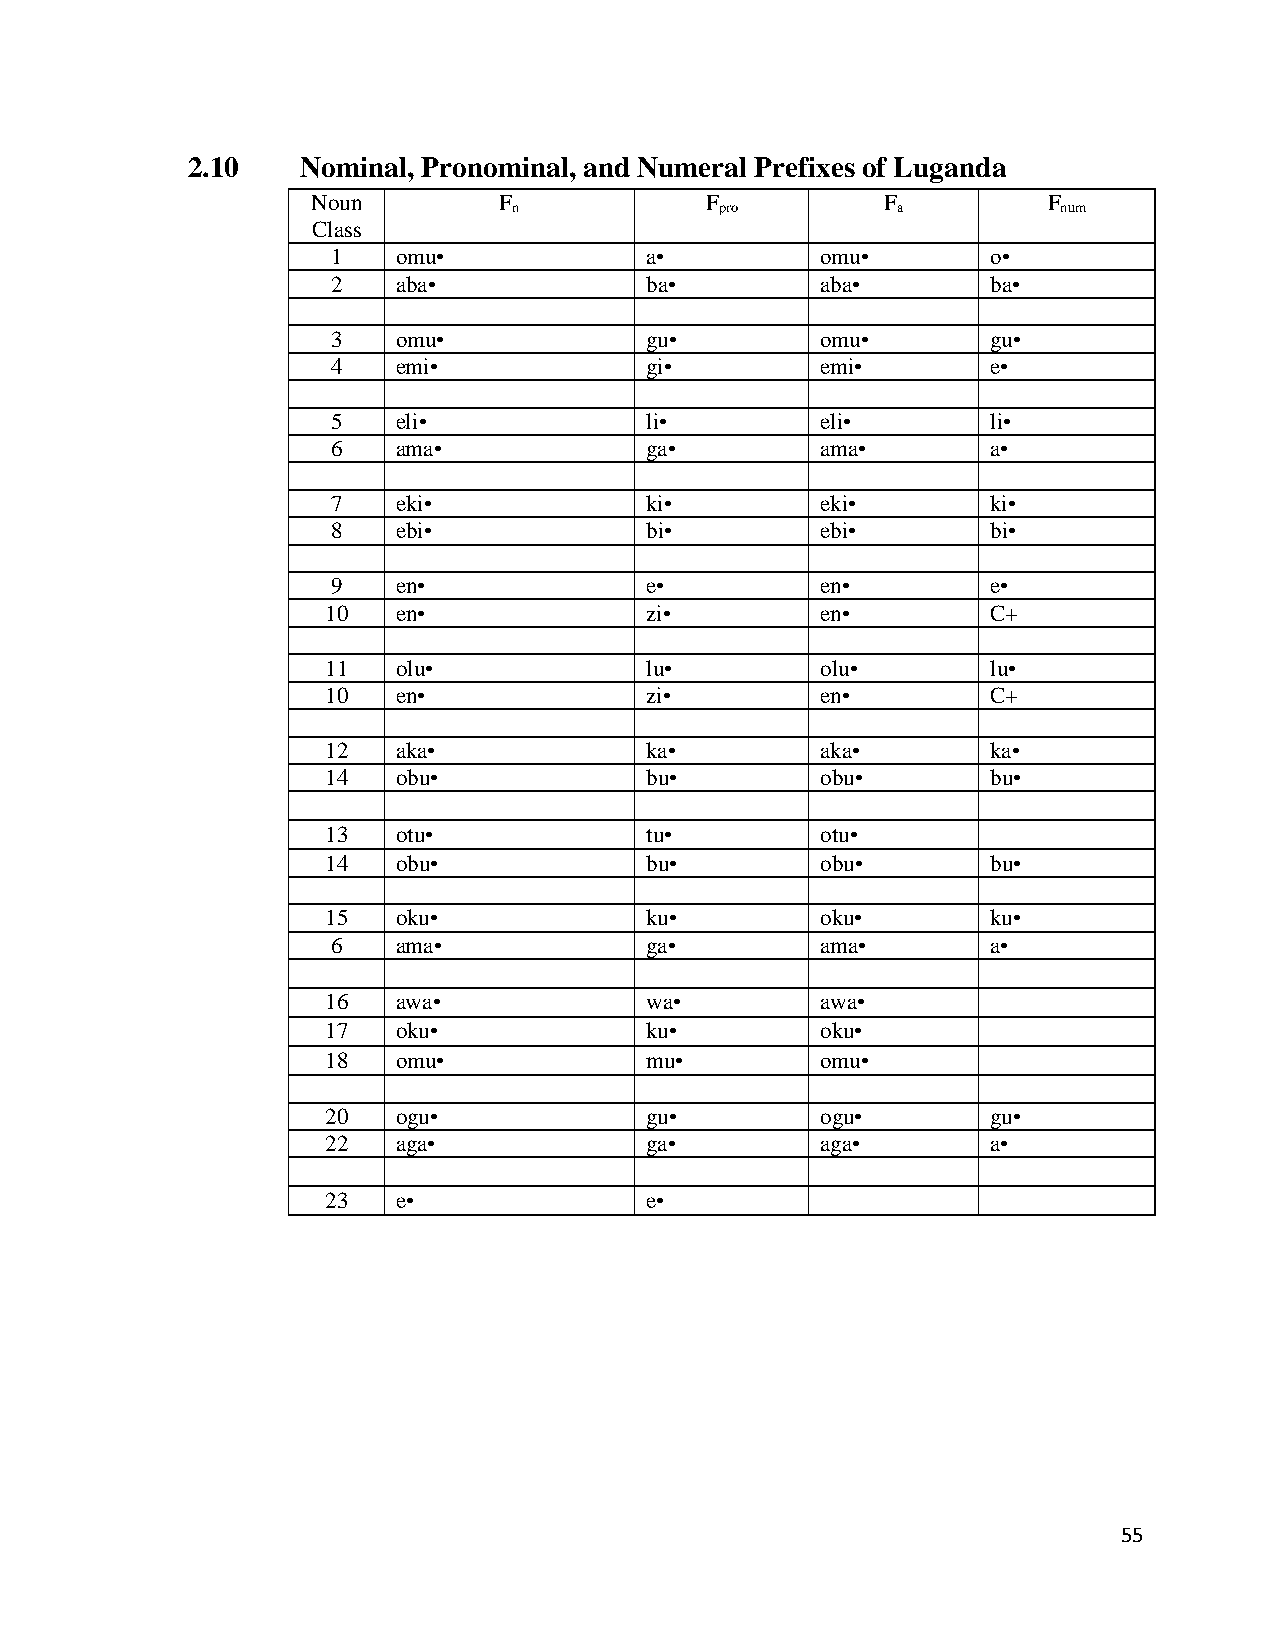
2.10    Nominal, Pronominal, and Numeral Prefixes of Luganda
 Noun        F             F           F         F
 n             pro        a          num
 Class
 1   omu•             a•         omu•        o•
 2   aba•             ba•        aba•        ba•
 3   omu•             gu•        omu•        gu•
 4   emi•             gi•        emi•        e•
 5   eli•             li•        eli•        li•
 6   ama•             ga•        ama•        a•
 7   eki•             ki•        eki•        ki•
 8   ebi•             bi•        ebi•        bi•
 9   en•              e•         en•         e•
 10  en•              zi•        en•         C+
 11  olu•             lu•        olu•        lu•
 10  en•              zi•        en•         C+
 12  aka•             ka•        aka•        ka•
 14  obu•             bu•        obu•        bu•
 13  otu•             tu•        otu•
 14  obu•             bu•        obu•        bu•
 15  oku•             ku•        oku•        ku•
 6   ama•             ga•        ama•        a•
 16  awa•             wa•        awa•
 17  oku•             ku•        oku•
 18  omu•             mu•        omu•
 20  ogu•             gu•        ogu•        gu•
 22  aga•             ga•        aga•        a•
 23  e•               e•
 55